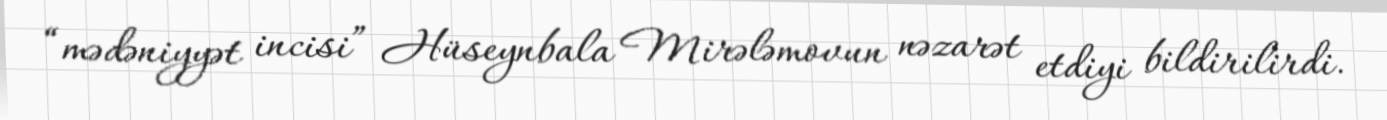
“mədəniyyət incisi” Hüseynbala Mirələmovun nəzarət etdiyi bildirilirdi.